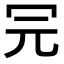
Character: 𠕻